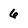
Character: 6